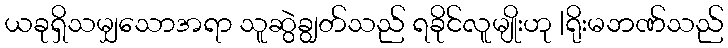
ယခုရှိသမျှသောအရာ သူဆွဲချွတ်သည် ရခိုင်လူမျိုးဟု |ရိုးမဘဏ်သည်